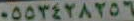
٠٥٥٣٤٢٨٢٥٦